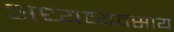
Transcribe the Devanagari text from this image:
अध्यव्यवसाय